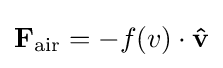
\mathbf {F_{\mathrm {air} }} =-f(v)\cdot \mathbf {\hat {v}}